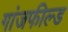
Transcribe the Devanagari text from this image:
गांजफील्ड